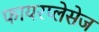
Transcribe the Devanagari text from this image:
फायरप्लेसेज